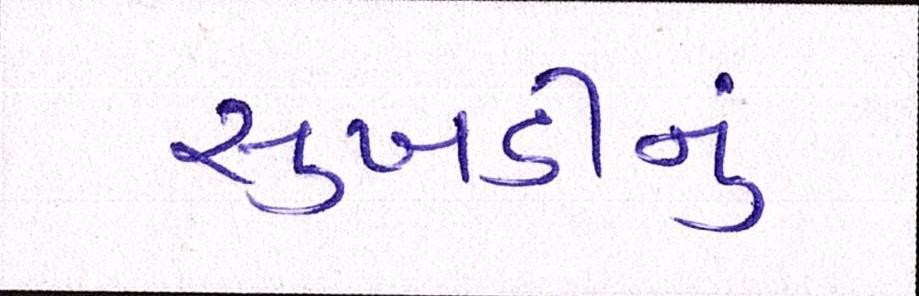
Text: સુખડીનું